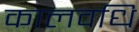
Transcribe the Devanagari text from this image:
कालवधि